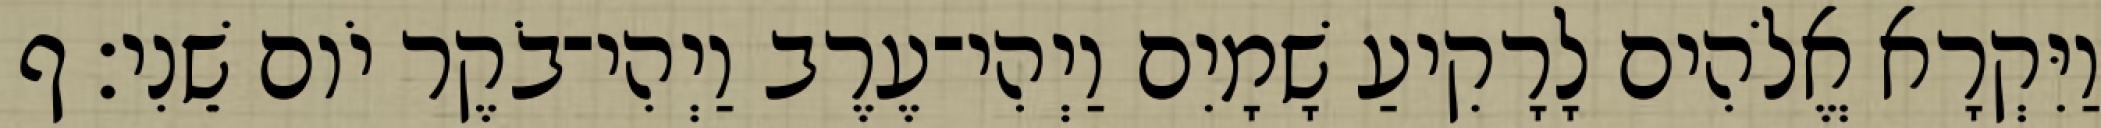
וַיִּקְרָא אֱלֹהִים לָרָקִיעַ שָׁמָיִם וַיְהִי־עֶרֶב וַיְהִי־בֹקֶר יֹום שֵׁנִי׃ ף